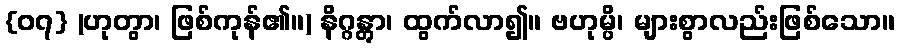
{၀၇} (ဟုတွာ၊ ဖြစ်ကုန်၏။) နိဂ္ဂန္တွာ၊ ထွက်လာ၍။ ဗဟုမ္ပိ၊ များစွာလည်းဖြစ်သော။